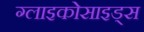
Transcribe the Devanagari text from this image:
ग्लाइकोसाइड्स